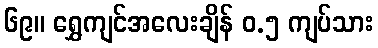
၆၉။ ရွှေကျင်အလေးချိန် ၀.၅ ကျပ်သား